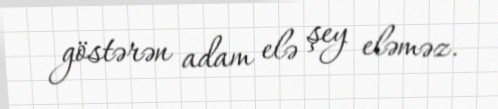
göstərən adam elə şey eləməz.